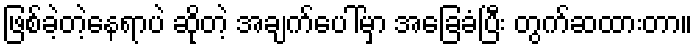
ဖြစ်ခဲ့တဲ့နေရာပဲ ဆိုတဲ့ အချက်ပေါ်မှာ အခြေခံပြီး တွက်ဆထားတာ။